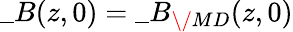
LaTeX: \_ B(z,0)=\_ B_{\/ {MD}}(z,0)